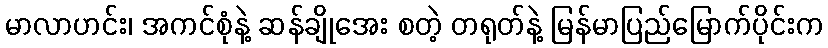
မာလာဟင်း၊ အကင်စုံနဲ့ ဆန်ချိုအေး စတဲ့ တရုတ်နဲ့ မြန်မာပြည်မြောက်ပိုင်းက